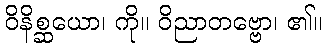
ဝိနိစ္ဆယော၊ ကို။ ဝိညာတဗ္ဗော၊ ၏။